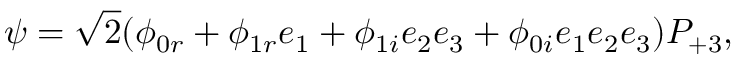
\psi = \sqrt { 2 } ( \phi _ { 0 r } + \phi _ { 1 r } e _ { 1 } + \phi _ { 1 i } e _ { 2 } e _ { 3 } + \phi _ { 0 i } e _ { 1 } e _ { 2 } e _ { 3 } ) P _ { + 3 } ,